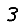
Digit: 3